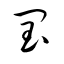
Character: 閏